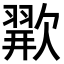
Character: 𪴲